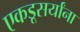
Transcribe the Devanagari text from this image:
एकडूसर्यांना